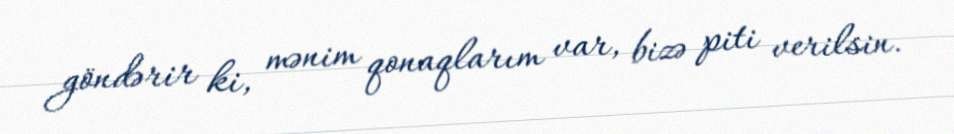
göndərir ki, mənim qonaqlarım var, bizə piti verilsin.